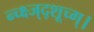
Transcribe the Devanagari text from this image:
न्च्क्ष्ज्द्शूच्ग्।